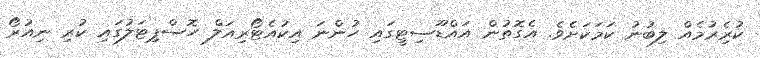
ކުރިެރުމެއް ލިބުނު ކަމަކަަށެވެ. އެގޮތުން އައްޑޫސިޓީގައި ހުންނަ އިކުއެޓޯރިއަލް ހޮސްޕިޓަލުގައި ކުރި ނިއުރޯ